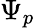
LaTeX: \Psi_{p}